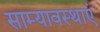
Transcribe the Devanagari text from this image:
साम्यावस्थाएं